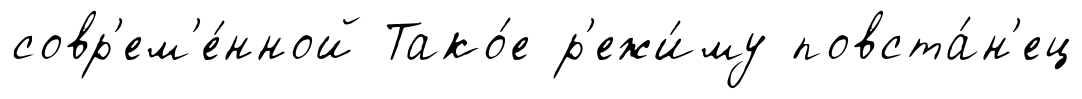
совр'ем'е́нной Тако́е р'ежи́му повста́н'ец